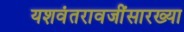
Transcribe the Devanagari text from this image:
यशवंतरावजींसारख्या